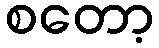
စတော့